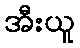
အီးယူ